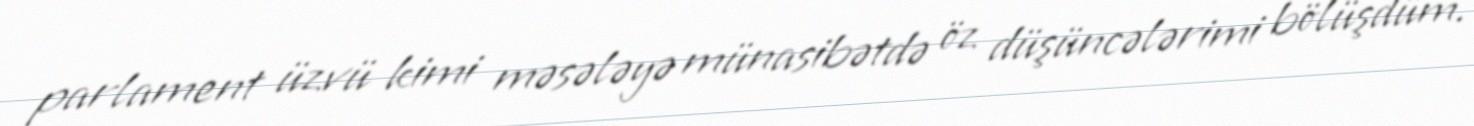
parlament üzvü kimi məsələyə münasibətdə öz düşüncələrimi bölüşdüm.